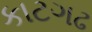
કાટગઢ